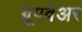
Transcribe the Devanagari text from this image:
ग्रूपवेअर